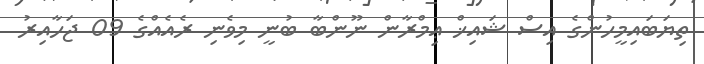
ތިޔަބައިމީހުންގެ އިސް ޝައިޚް ޢިމްރާން ނޫންބާ ބުނީ މިވެނި ރެއެއްގެ 09 ޖަހާއިރު